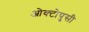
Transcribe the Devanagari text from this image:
ओक्टोपुसी